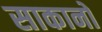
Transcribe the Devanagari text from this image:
साकानो